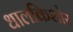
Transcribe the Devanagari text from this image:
धालकिशोर